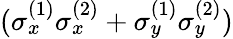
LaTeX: (\sigma_{x}^{(1)}\sigma_{x}^{(2)}+\sigma_{y}^{(1)}\sigma_{y}^{(2)})